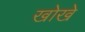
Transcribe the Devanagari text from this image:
खोखे